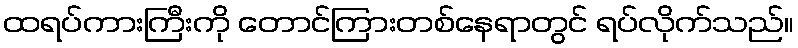
ထရပ်ကားကြီးကို တောင်ကြားတစ်နေရာတွင် ရပ်လိုက်သည်။